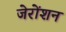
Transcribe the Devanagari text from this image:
जेरोंशन